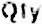
QTY